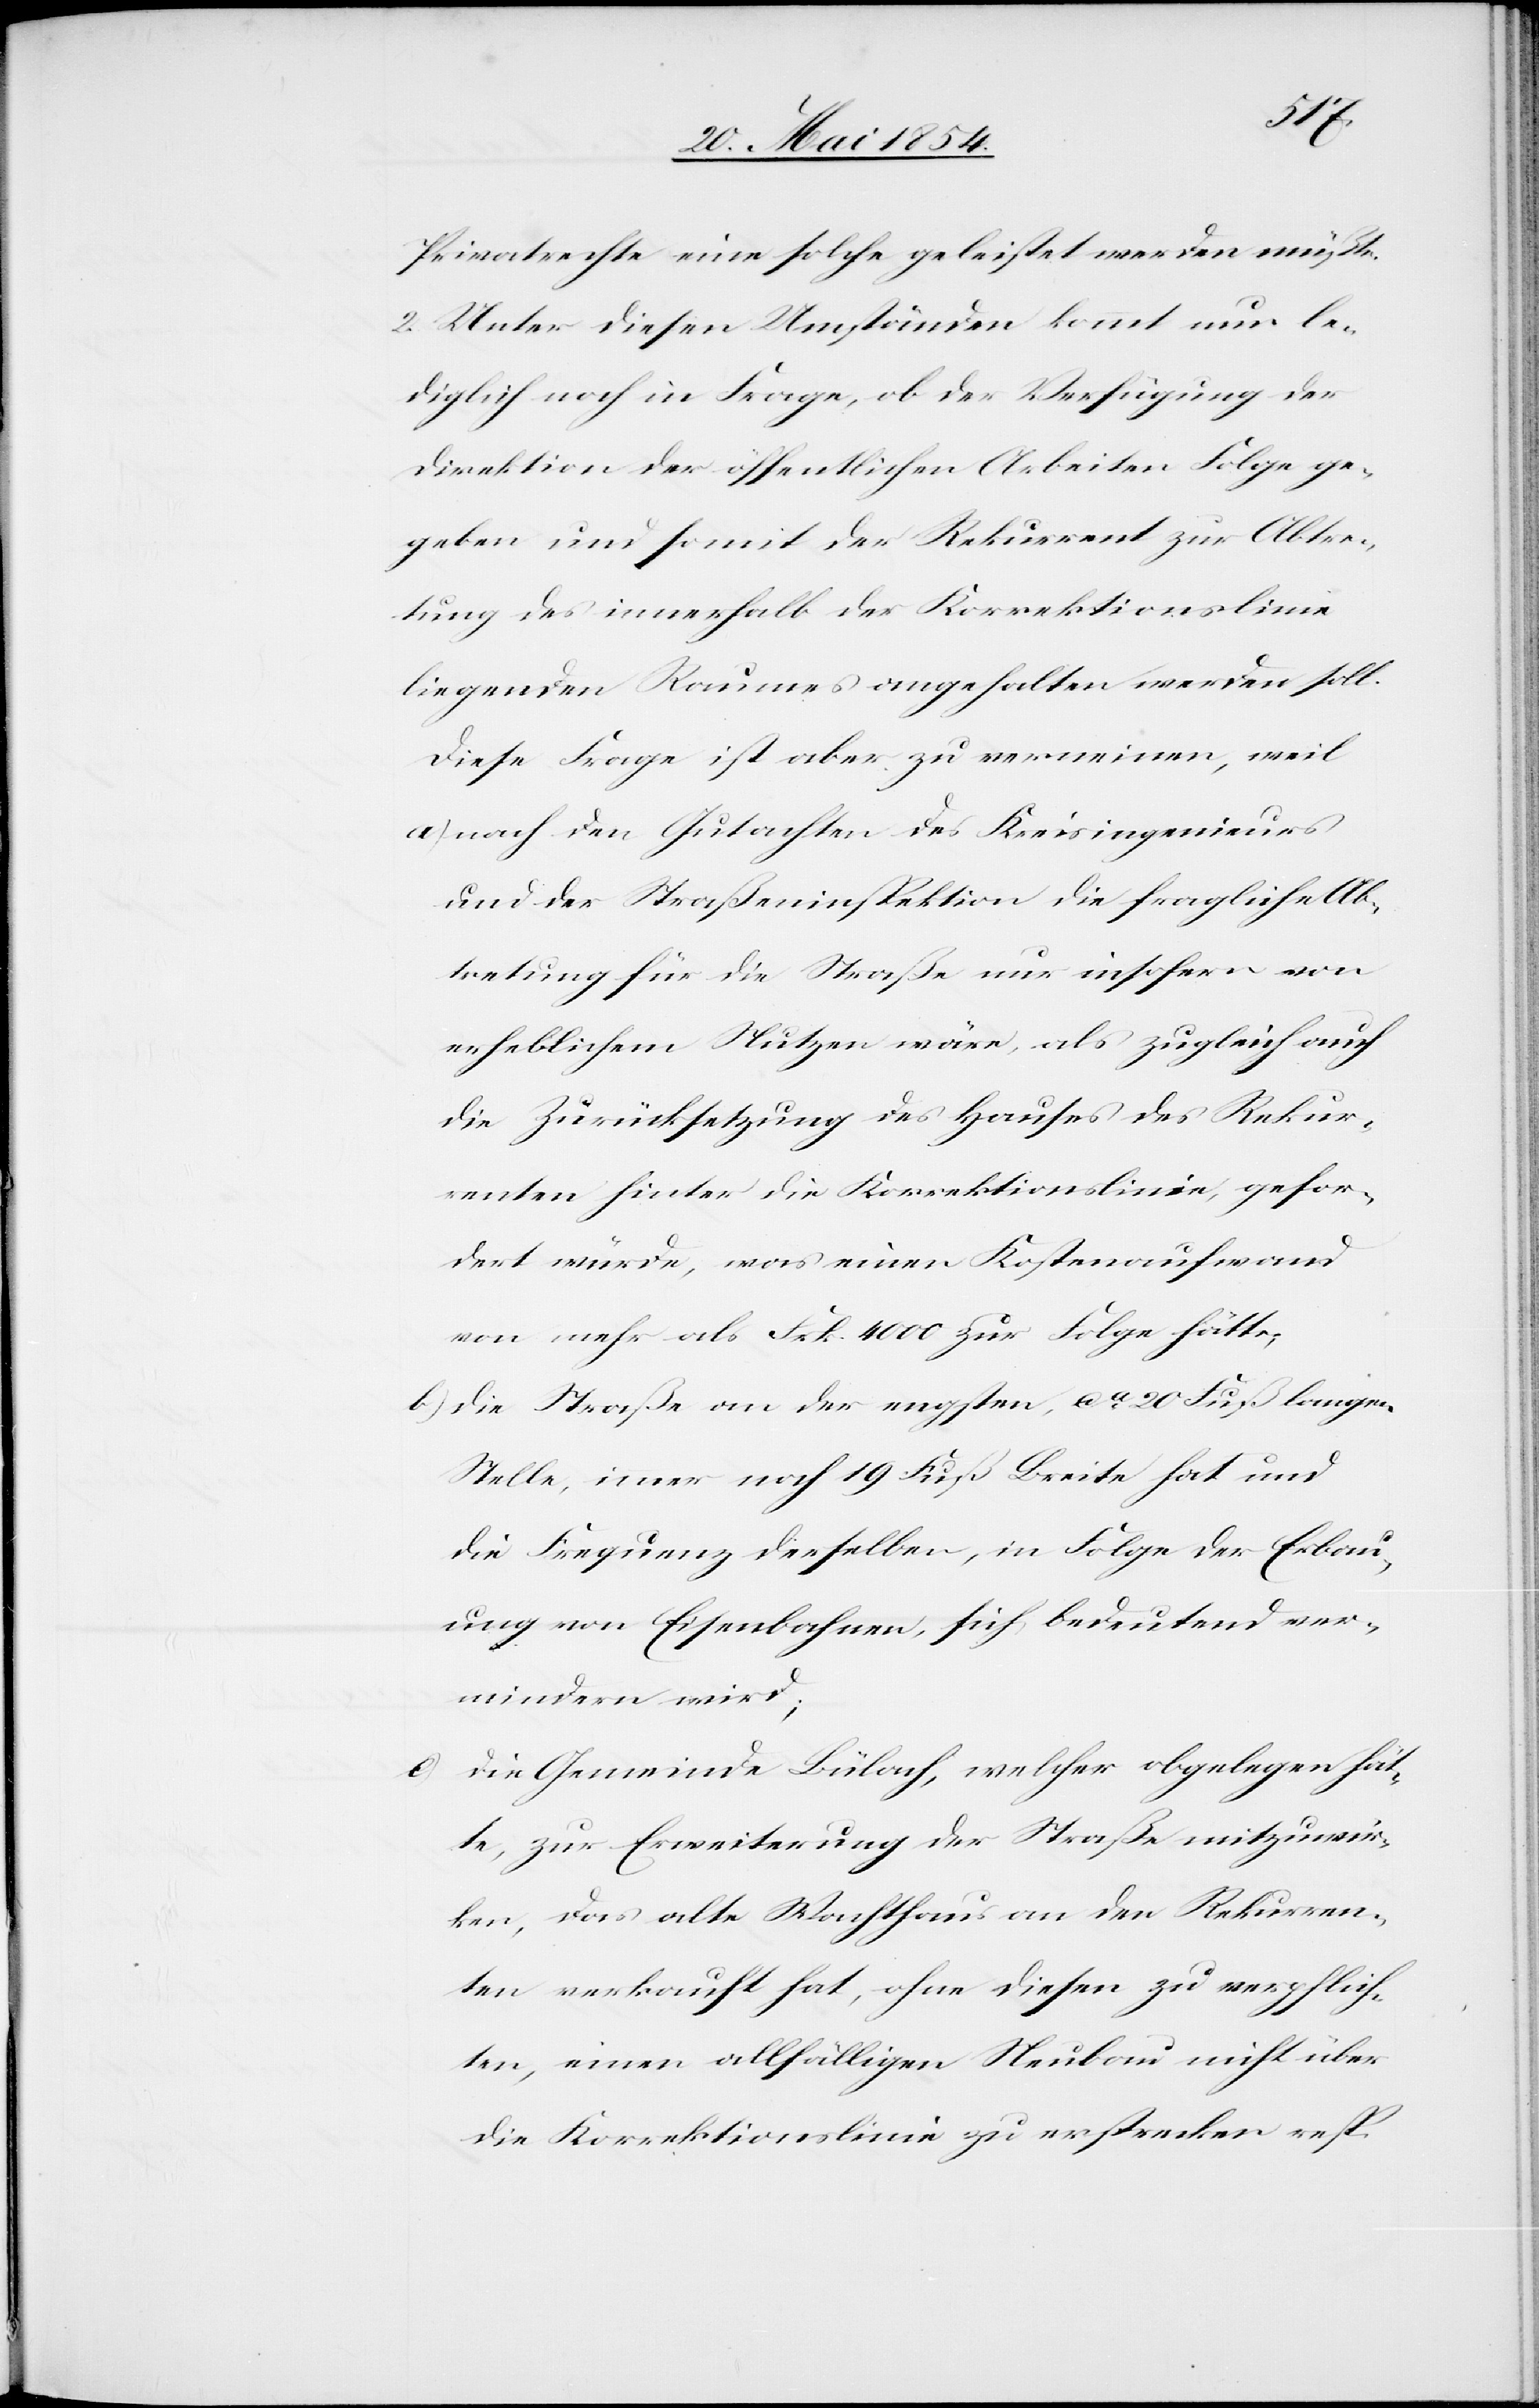
Privatrechte eine solche geleistet werden müßte.
2. Unter diesen Umständen kommt nun le¬
diglich noch in Frage, ob der Verfügung der
Direktion der öffentlichen Arbeiten Folge ge¬
geben und somit der Rekurrent zur Abtre¬
tung des innerhalb der Korrektionslinie
liegenden Raumes angehalten werden soll.
Diese Frage ist aber zu verneinen, weil
a) nach den Gutachten des Kreisingenieurs
und der Straßeninspektion die fragliche Ab¬
tretung für die Straße nur insofern von
erheblichem Nutzen wäre, als zugleich auch
die Zurücksetzung des Hauses des Rekur¬
renten hinter die Korrektionslinie, gefor¬
dert würde, was einen Kostenaufwand
von mehr als Frk. 4000 zur Folge hätte;
b) die Straße an der engsten, ca 20 Fuß langen
Stelle, immer noch 19 Fuß Breite hat und
die Frequenz derselben, in Folge der Erbau¬
ung von Eisenbahnen, sich bedeutend ver¬
mindern wird;
c) die Gemeinde Bülach, welcher obgelegen hät¬
te, zur Erweiterung der Straße mitzuwir¬
ken, das alte Wachthaus an den Rekurren¬
ten verkauft hat, ohne diesen zu verpflich¬
ten, einen allfälligen Neubau nicht über
die Korrektionslinie zu erstrecken resp.